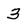
Character: 3